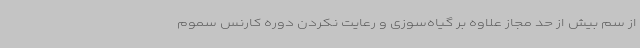
از سم بیش از حد مجاز علاوه بر گیاه‌سوزی و رعایت نکردن دوره کارنس سموم